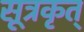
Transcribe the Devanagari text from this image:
सूत्रकृत्